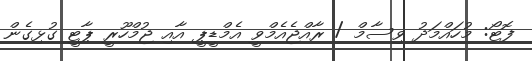
ފޮޓޯ: މުހައްމަދު ވިސާމް / ރާއްޖެއެމްވީ އެމްޑީޕީ އާއި ޖުމްހޫރީ ޕާޓީ ގުޅިގެން